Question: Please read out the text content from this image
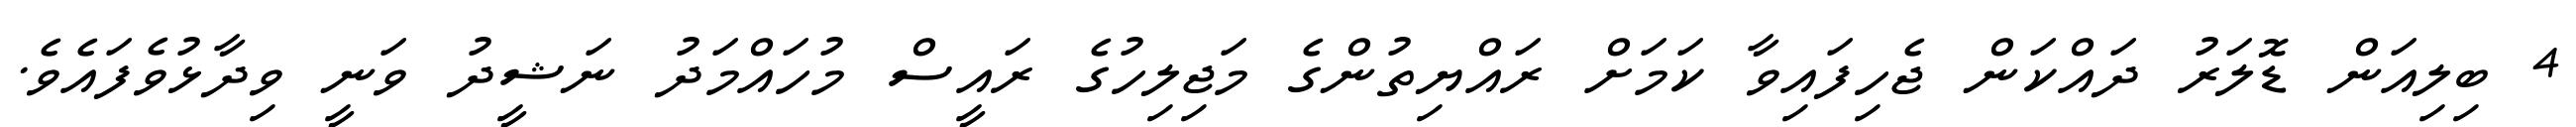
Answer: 4 ބިލިއަން ޑޮލަރު ދައްކަން ޖެހިފައިވާ ކަމަށް ރައްޔިތުންގެ މަޖިލިހުގެ ރައީސް މުހައްމަދު ނަޝީދު ވަނީ ވިދާޅުވެފައެވެ.